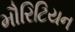
મૌરિટિયન